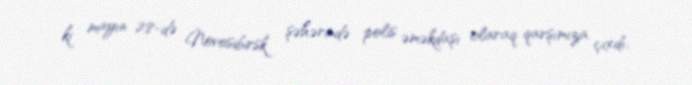
ki mayın 28-də Novosibirsk şəhərində polis əməkdaşı olaraq qarşımıza çıxdı: